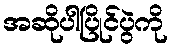
အဆိုပါပြိုင်ပွဲကို